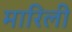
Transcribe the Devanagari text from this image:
मारिली